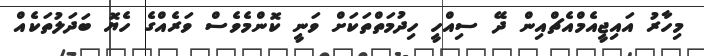
މިހާރު އައިޖީއެމްއެޗްއިން ދޭ ސިއްހީ ހިދުމަތްތަކަށް ވަނީ ކޮންމެވެސް ވަރެއްގެ ހެޔޮ ބަދަލުތަކެއް